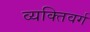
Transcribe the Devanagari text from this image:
व्यक्तिवर्ग